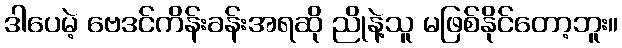
ဒါပေမဲ့ ဗေဒင်ကိန်းခန်းအရဆို ညိုနဲ့သူ မဖြစ်နိုင်တော့ဘူး။